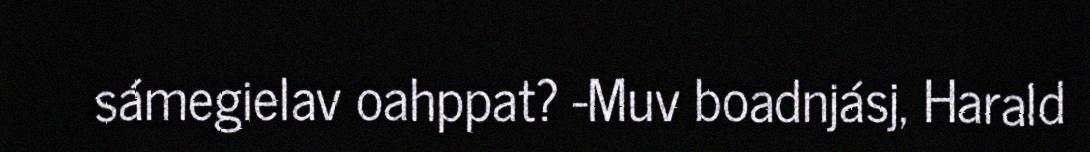
sámegielav oahppat? -Muv boadnjásj, Harald